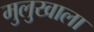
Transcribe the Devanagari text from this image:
मुलुखाला